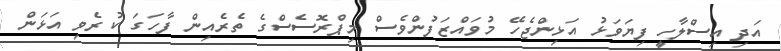
އަދި އިސްލާހީ ފިޔަވަޅު އަޅިންޖެހޭ މުވައްޒަފުންވެސް މިޕްރޮސެސްގެ ތެރެއިން ފާހަގަ ކުރެވި އަޅަން